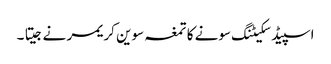
اسپیڈ سکیٹنگ سونے کا تمغہ سوین کریمر نے جیتا ۔